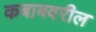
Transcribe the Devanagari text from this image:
कबाबवरील